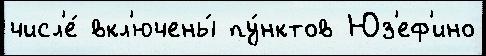
числ'е́ вкл'ючены́ пу́нктов Юз'еф'ино